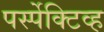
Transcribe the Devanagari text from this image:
पर्स्पेक्टिव्ह